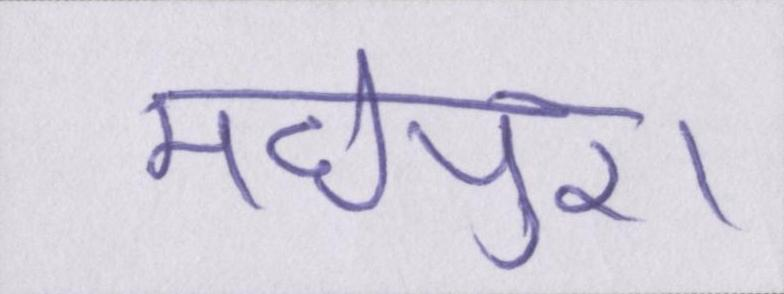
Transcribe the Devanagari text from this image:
मधेपुरा